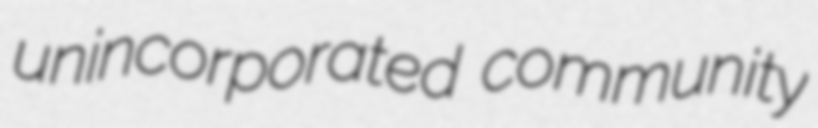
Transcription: unincorporated community